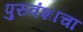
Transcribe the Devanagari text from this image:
पुरुवंशाचा